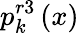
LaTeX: p_{k}^{r3}\left(x\right)